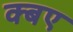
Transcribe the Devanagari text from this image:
क्बए